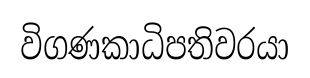
විගණකාධිපතිවරයා